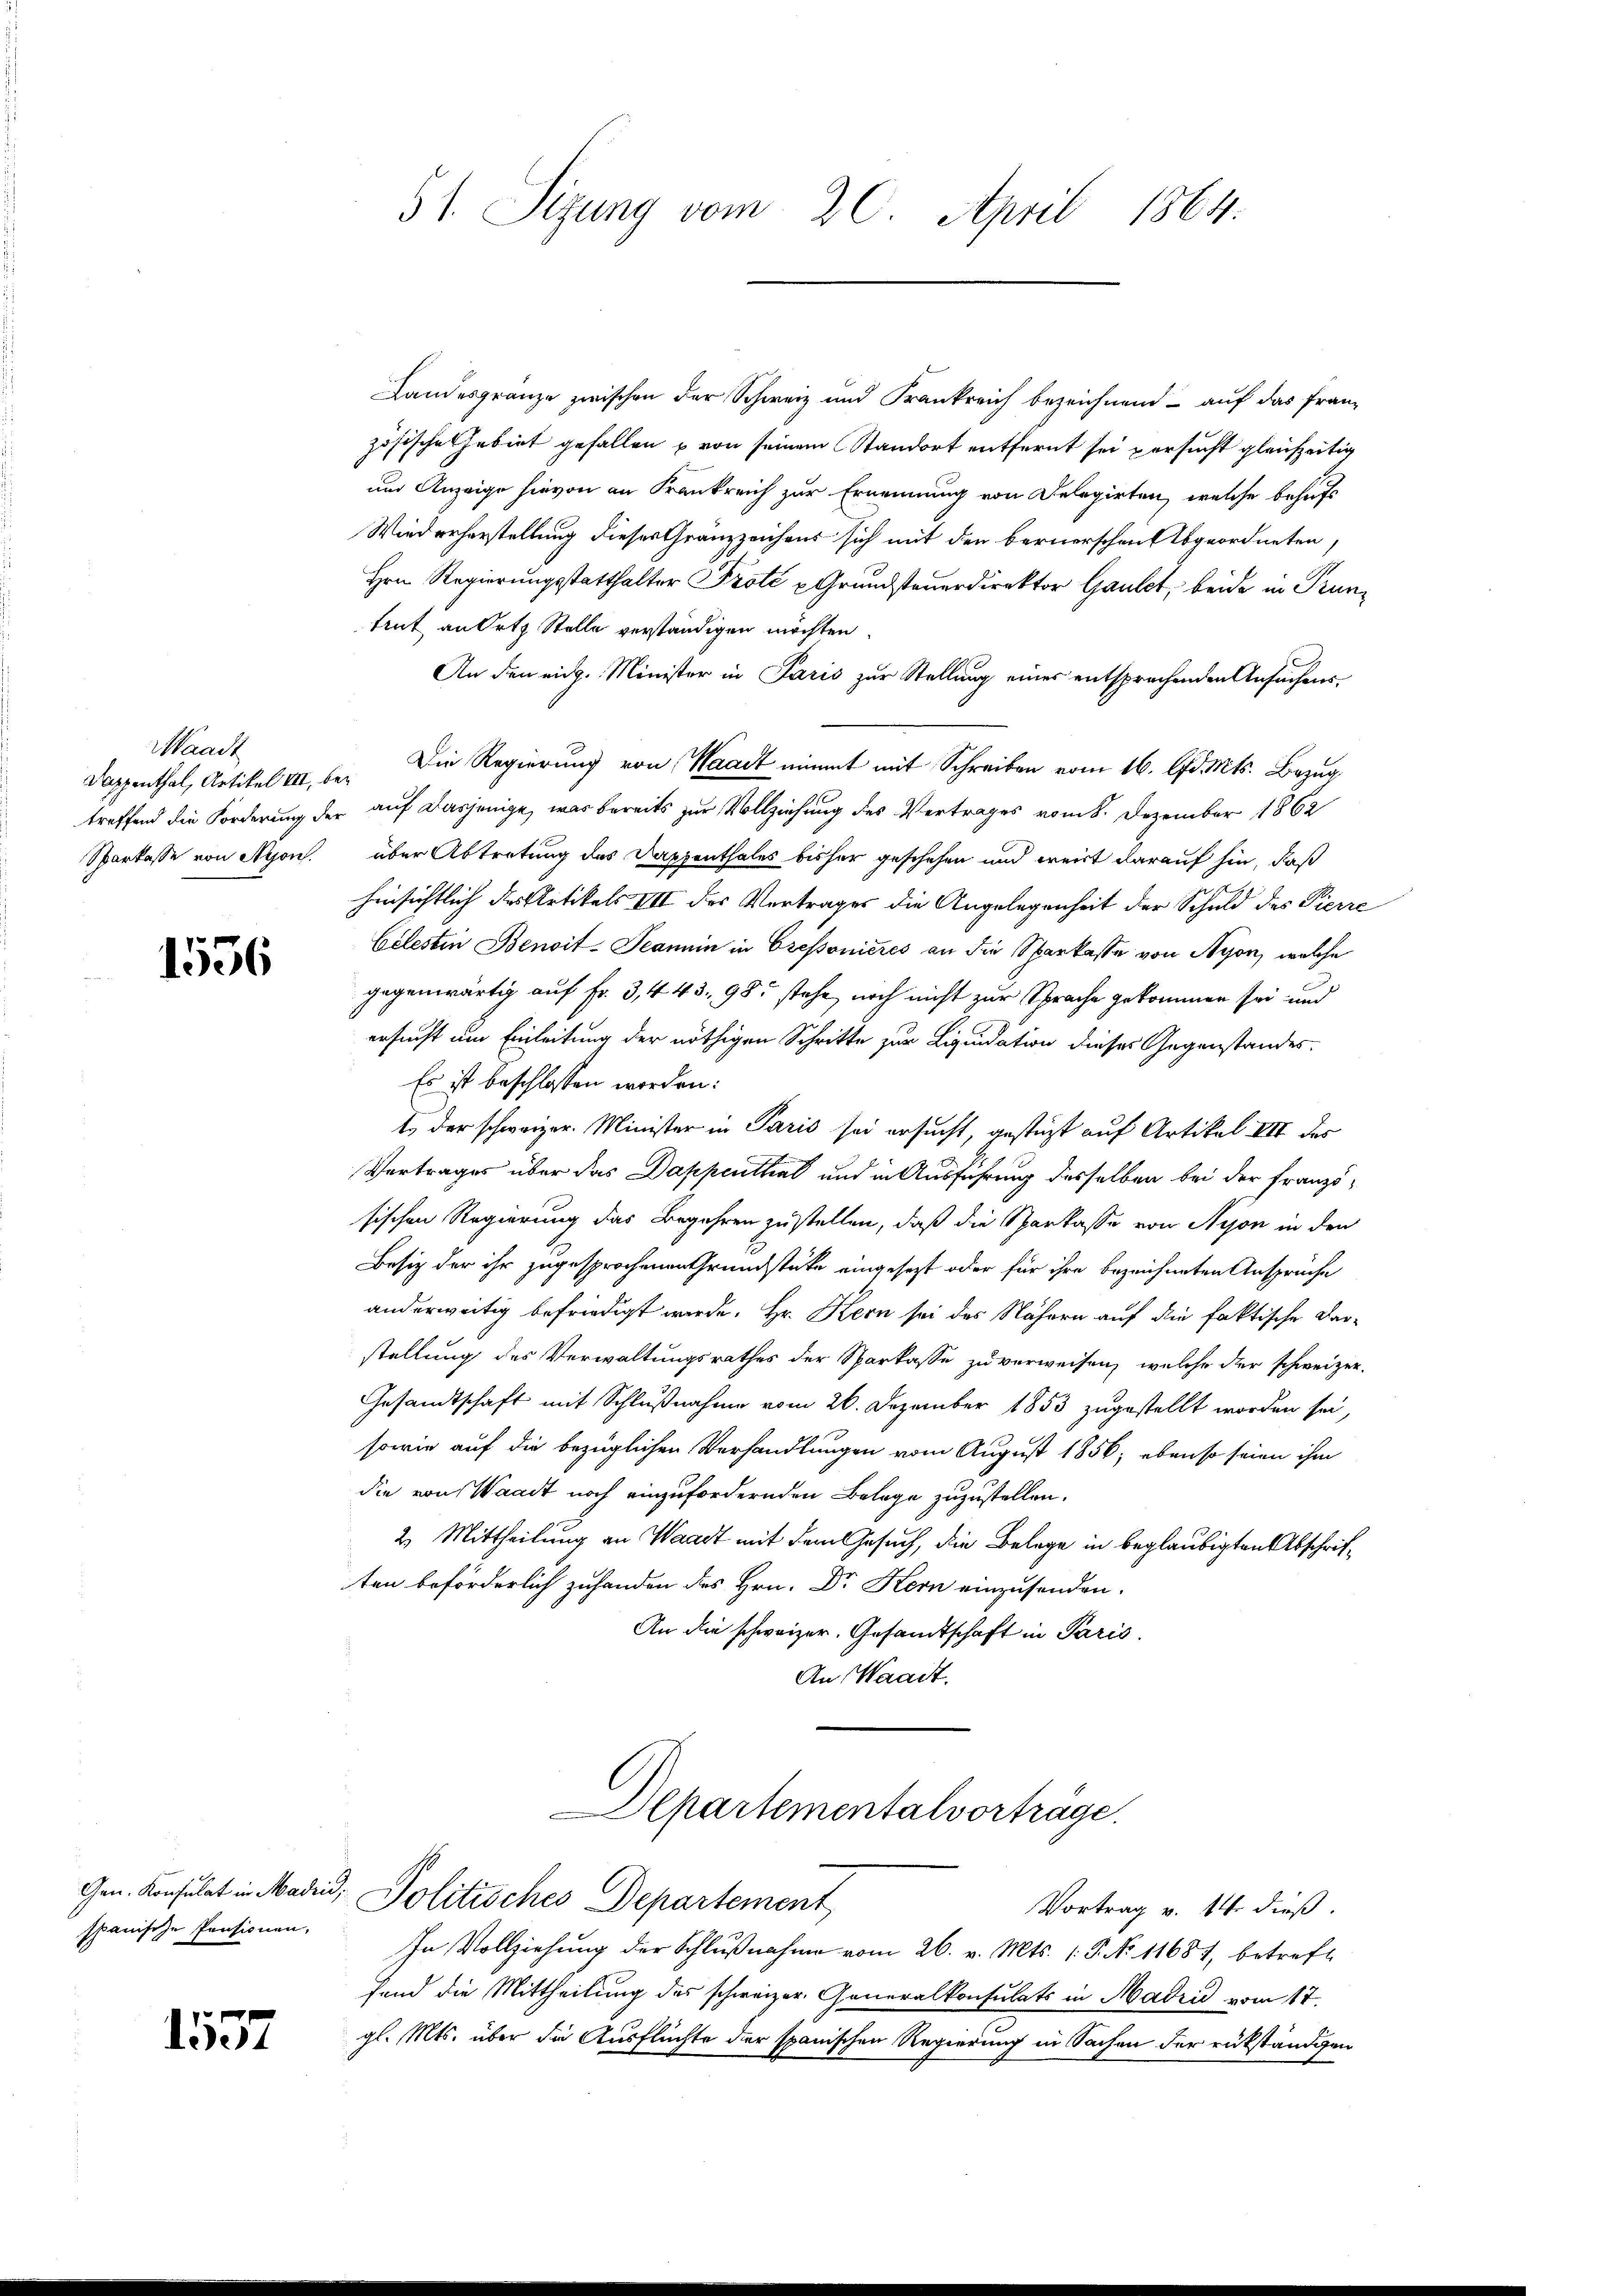
Waadt

1536

Landesgränze zwischen der Schweiz und Frankreich bezeichnend - auf das franz
zösische Gebiet gefallen u von seinem Standort entfernt sei persucht gleichzeitig
und Anzeige hievon an Frankreich zur Ernennung von Delegirten, welche behufs
Wiederhorstellung dieses Gränzzeichens sich mit den bernerschen Abgeordneten,
Hrn. Regierungsstatthalter Prote u Grundsteuerdirektor Gautet, beide in Pruntrut, an Orte Stelle verständigen möchten.
An den eidg. Minister in Paris zur Stellung einer entsprechenden Ansuchens¬
Dappenthal, Artikel III, bei Die Regierung von Waadt nimmt mit Schreiben vom 16. d. Mts. Bezug
treffend die Forderung der auf dasjenige, was bereits zur Vollziehung des Vertrages vom 8. Dezember 1862
Sparkasse von Nyon, über Abtretung des Dappenthales bisher geschehen und weist darauf hin, daß
hinsichtlich des Artikels III der Vertrages die Angelegenheit der Schuld des Pierre
Celestin Benoit-Jeannin in Cressonieres an die Sparkasse von Nyon, welche
gegenwärtig auf Fr. 3, 443. 985 stehe, noch nicht zur Sprache gekommen sei und
ersucht um Einleitung der nöthigen Schritte zur Liquidation dieses Gegenstandes¬
Es ist beschlossen worden:
t der schweizer. Minister in Paris sei ersucht, gestüzt auf Artikel III des
Vertrages über das Dappenthal und in Ausführung desselben bei der Französischen Regierung das Begehren zu stellen, daß die Sparkasse von Nyon in den
Besitz der ihr zugesprochenen Grundstücke eingesezt oder für ihre bezeichneten Ansprüche
anderweitig befriedigt werde. Hr. Kern sei des Nähern auf die faktische Dar-
stellung des Verwaltungsrathes der Sparkasse zu verweisen, welche der schweizer¬
Gesandtschaft mit Schlußnahme vom 26. Dezember 1853 zugestellt worden sei,
sowie auf die bezüglichen Verhandlungen vom August 1856; ebenso seien ihm
die von Waadt noch einzufordernden Belage zuzustellen.
2. Mittheilung an Waadt mit dem Gesuch, die Belege in beglaubigten Abschriften beförderlich zuhanden des Hrn. Dr Kern einzusenden.
An die schweizer. Gesandtschaft in Paris.
An Waadt.
Departementalvorträge.
Gen. Konsulat in Madii, Politisches Departement
Vortrag v. 14. dieß.
In Vollziehung der Schlußnahme vom 26. v. Mts. 1. P. No 11687, betreffe
fend die Mittheilung des schweizer. Generalkonsulats in Madrid vom 17.
gl. Mts. über die Ausflüchte der spanischen Regierung in Sachen der rükständigen

spanische Pensionen,

1537

51. Sizung vom 20. April 1864.